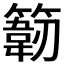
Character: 𰪙